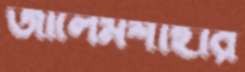
জালেমশাহীর